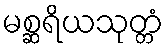
မစ္ဆရိယသုတ္တံ